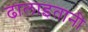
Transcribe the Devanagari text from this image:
ढालाइतानी